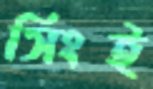
সিংই